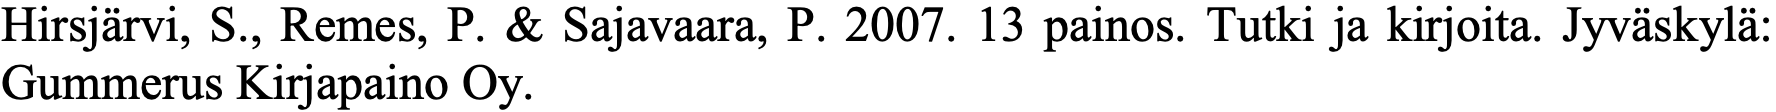
Hirsjärvi, S., Remes, P. & Sajavaara, P. 2007. 13 painos. Tutki ja kirjoita. Jyväskylä: Gummerus Kirjapaino Oy.